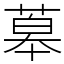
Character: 䔌